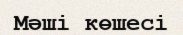
Мәші көшесі